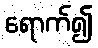
ရောက်၍